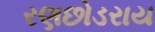
રણછોડરાય